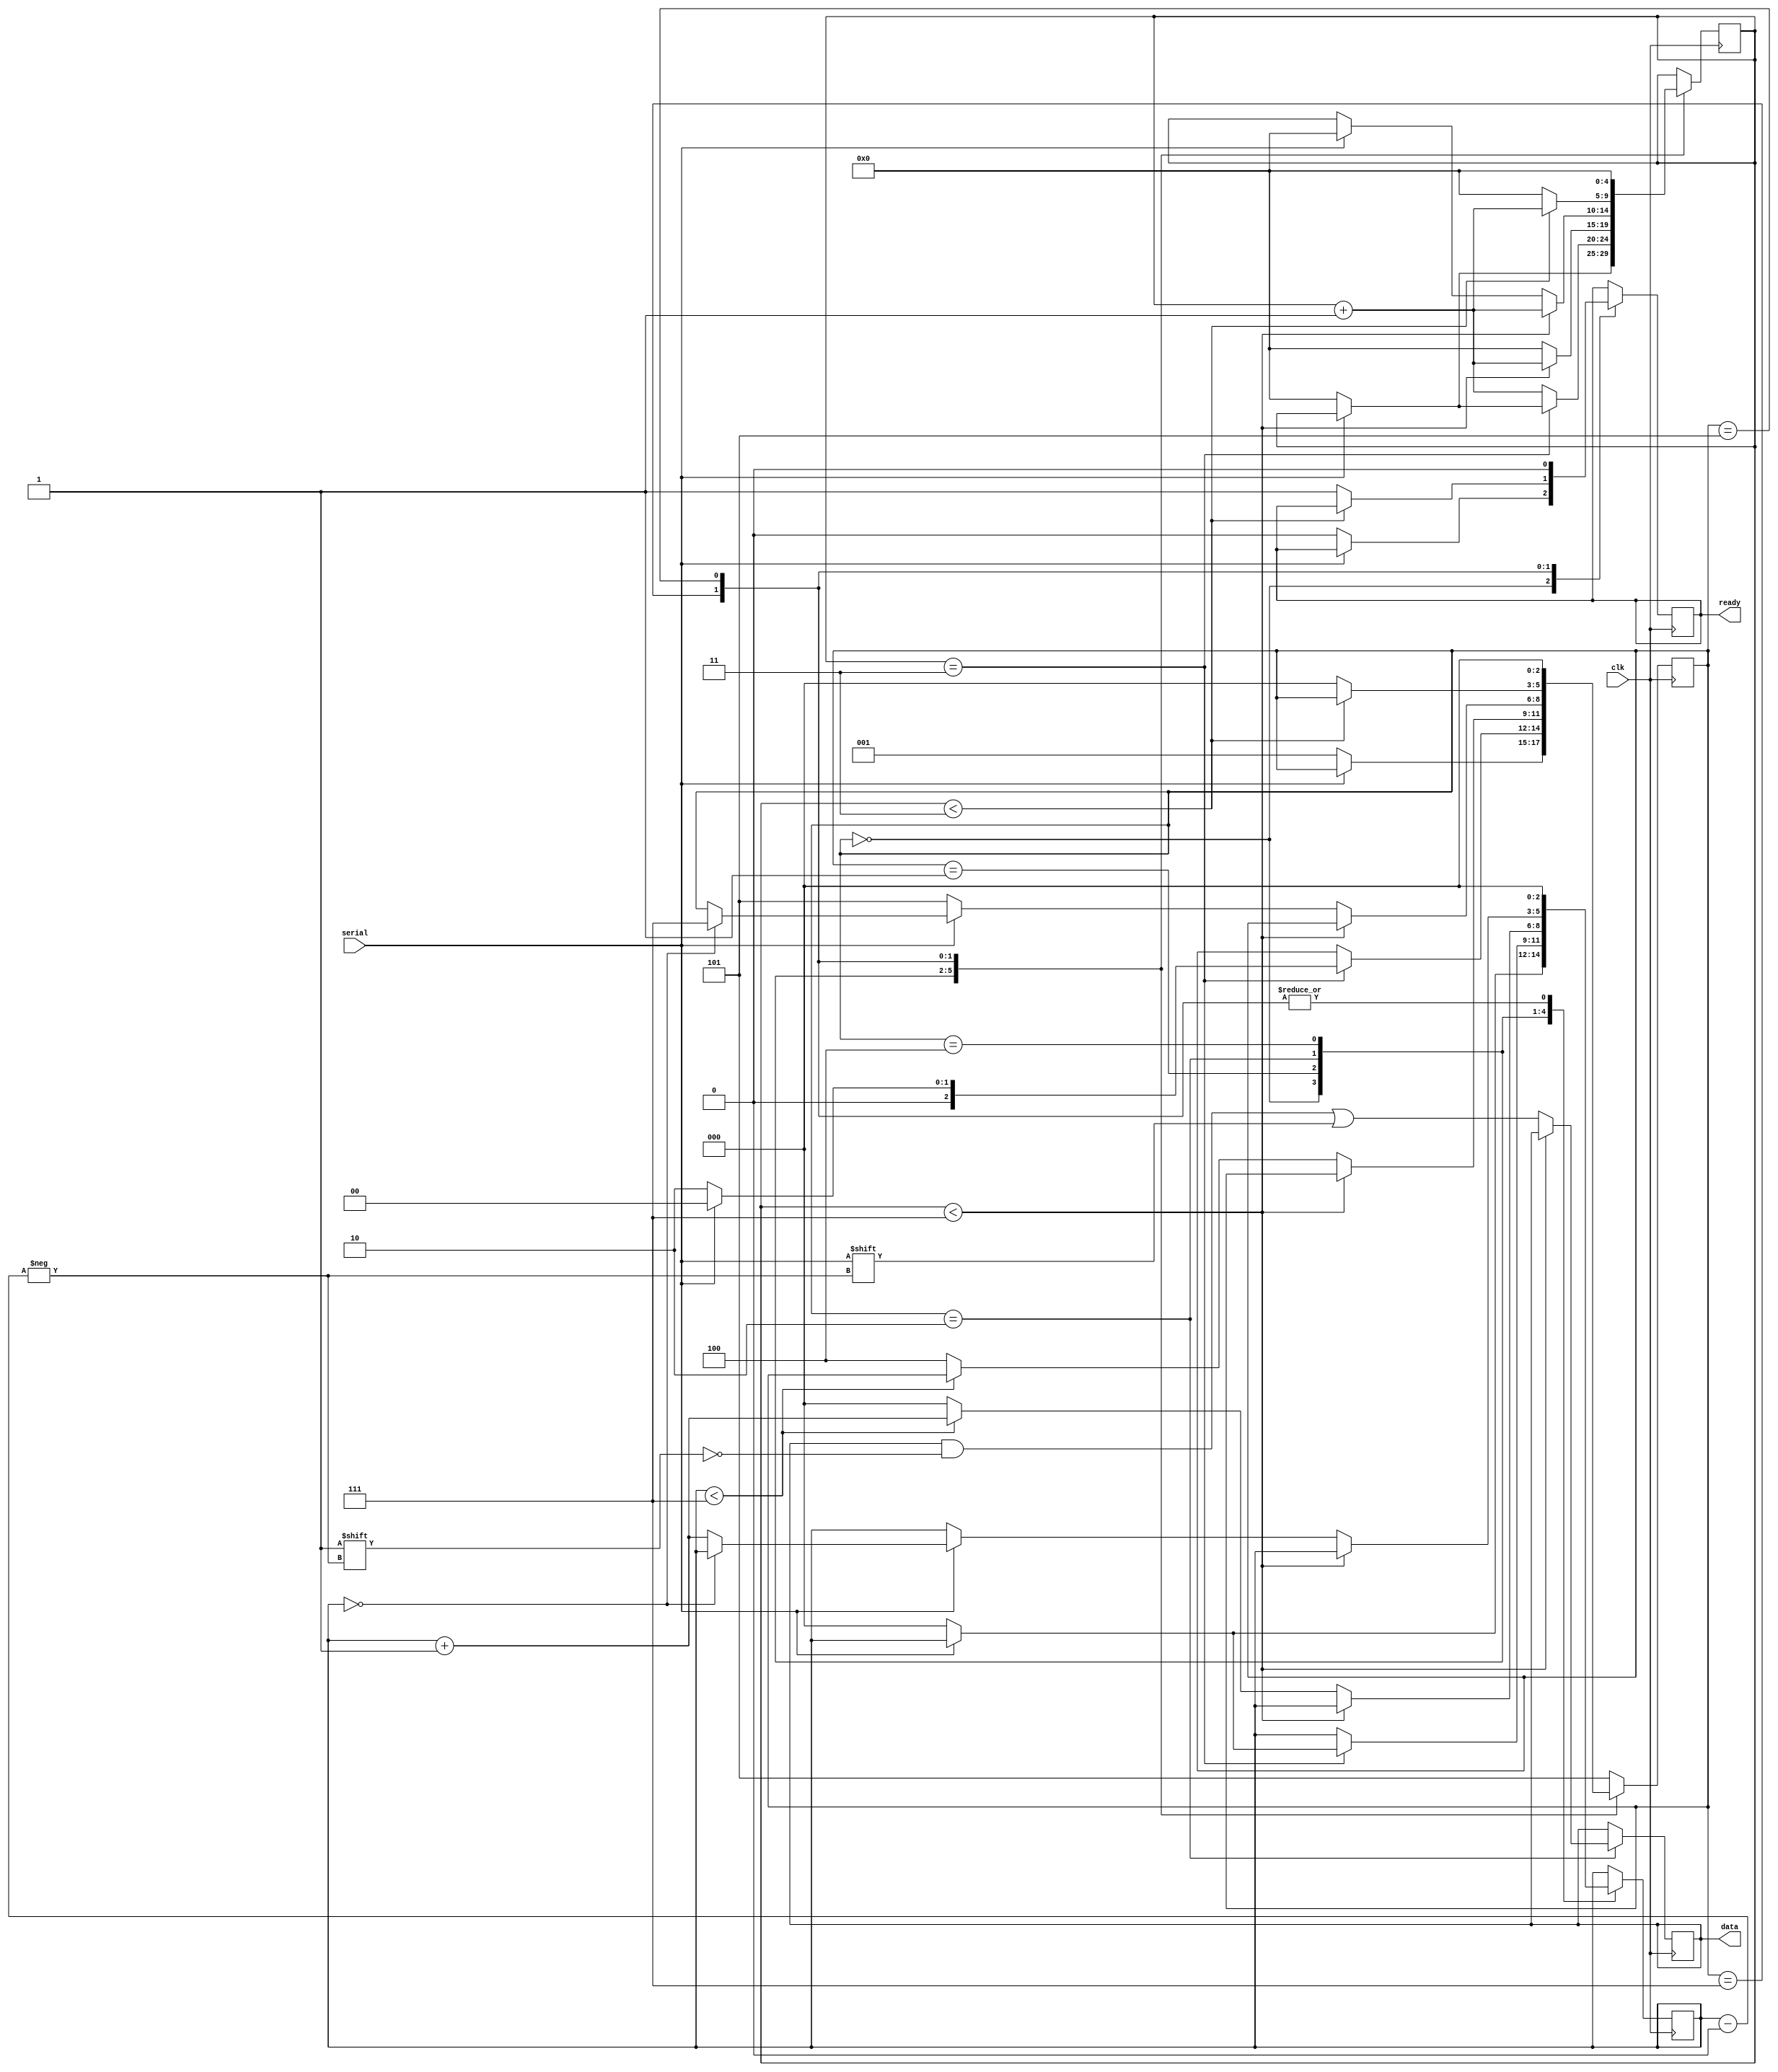
// Defaults to 8N1
module uart_rx #(parameter DATA_BIT_COUNT=8, parameter PARITY_BIT_COUNT=0, parameter STOP_BIT_COUNT=1, parameter CLK_PER_BIT=8)
(
	input clk,
	input serial,
	output ready,
	output [DATA_BIT_COUNT-1:0] data
);
/*
 * START BIT: Line is held high when idle. Pulled down for 1 clock cycle to
 * start data transfer.
 * DATA: 5 to 9 bits if no parity, up to 8 if parity
 * STOP BITS: 1-2 bits, line is pulled high.
 */

parameter SM_IDLE 			= 3'b000;
parameter SM_RX_START 		= 3'b001;
parameter SM_RX_DATA 		= 3'b010;
parameter SM_RX_PARITY 		= 3'b011;
parameter SM_RX_STOP 		= 3'b100;
parameter SM_ERROR 			= 3'b101;
parameter SM_CLEANUP 		= 3'b111;

// Need to over-sample the data line to read its value at the middle of the bit cycle
reg [$clog2(CLK_PER_BIT)+1:0] clock_count = 0;
reg [2:0] state = SM_IDLE;

reg r_ready;
reg [DATA_BIT_COUNT-1:0] r_data = 255;
reg [$clog2(DATA_BIT_COUNT)-1:0] current_bit = 0;

assign ready = r_ready;
assign data = r_data;

localparam HALF_CLK = (CLK_PER_BIT-1)/2;

always @(posedge clk) begin
	case (state)
		SM_IDLE: begin
			if (serial == 1'b0) begin
				// Pulling the line down for 1 cycle starts a data transfer
				clock_count <= 0;
				state <= SM_RX_START;
				current_bit <= 0;
				r_ready <= 0;
			end
		end
		SM_RX_START: begin
			// The line change might be noise, so we need to validate in half
			// a bit cycle whether it's still down
			if (clock_count == HALF_CLK) begin
				if (serial == 1'b0) begin
					// The line was held down for half a clock cycle, we will
					// now start receiving data
					current_bit <= 0;
					clock_count <= 0;
					state <= SM_RX_DATA;
				end else begin
					// The line was _not_ held down. Probably noise.
					// Restart the state machine
					state <= SM_IDLE;
				end
			end else begin
				clock_count <= clock_count + 1;
			end
		end
		SM_RX_DATA: begin
			// The `clock_count` got set to 0 at the half-bit cycle
			// By continuing to check every CLK_PER_BIT, we remain at the
			// middle of the bit cycle
			if (clock_count < CLK_PER_BIT-1) begin
				clock_count <= clock_count + 1;
			end else begin
				// At the middle of the data bit
				clock_count <= 0;
				r_data[current_bit] <= serial;
				if ({1'b0, current_bit} < (DATA_BIT_COUNT-1)) begin
					current_bit <= current_bit + 1;
				end else begin
					current_bit <= 0;
					if (PARITY_BIT_COUNT > 0) begin
						state <= SM_RX_PARITY;
					end else begin
						state <= SM_RX_STOP;
					end
				end
			end
		end
		SM_RX_PARITY: begin
			// TODO ))
			state <= SM_ERROR;
		end
		SM_RX_STOP: begin
			// Transition to STOP at the middle of a DATA bit
			// Wait 1 bit cycle to sample the STOP bit at the middle
			if (clock_count < CLK_PER_BIT-1) begin
				clock_count <= clock_count + 1;
			end else begin
				if (serial != 1'b1) begin
					// An RX line held to 0 will always land here
					state <= SM_ERROR;
				end else begin
					clock_count <= 0;
					if ({1'b0, current_bit} == (STOP_BIT_COUNT-1)) begin
						state <= SM_CLEANUP;
					end else begin
						current_bit <= current_bit + 1;
					end
				end
			end
		end
		SM_CLEANUP: begin
			// Wait half a cycle for the STOP bit to finish
			current_bit <= 0;
			if (clock_count < HALF_CLK) begin
				clock_count <= clock_count + 1;
			end else begin
				r_ready <= 1;
				clock_count <= 0;
				state <= SM_IDLE;
			end
		end
		SM_ERROR: begin
			current_bit <= 0;
			r_ready <= 0;
			clock_count <= 0;
			state <= SM_IDLE;
		end
		default: begin
			state <= SM_ERROR;
		end
	endcase
end
endmodule